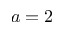
a = 2